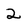
Character: 2